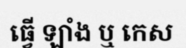
ធ្វើ ឡាំង ឬ កេស